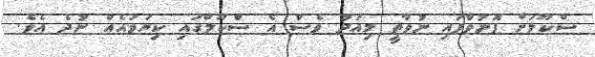
ސްކޫލަށް ފޮނުވާފައި ނުވާތީ މިއަދު ވެސް އެ ސްކޫލްގައި ކިޔަވައެއް ނުދެ އެވެ.